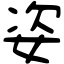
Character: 姿